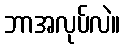
ဘာအလုပ်လဲ။